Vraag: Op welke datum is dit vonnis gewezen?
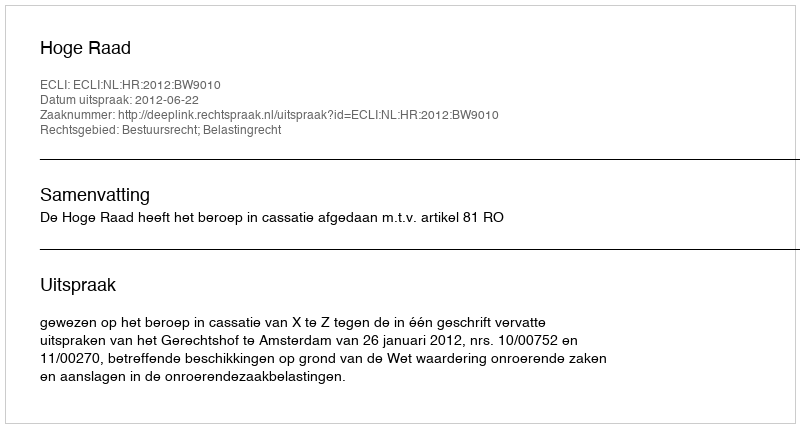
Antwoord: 2012-06-22